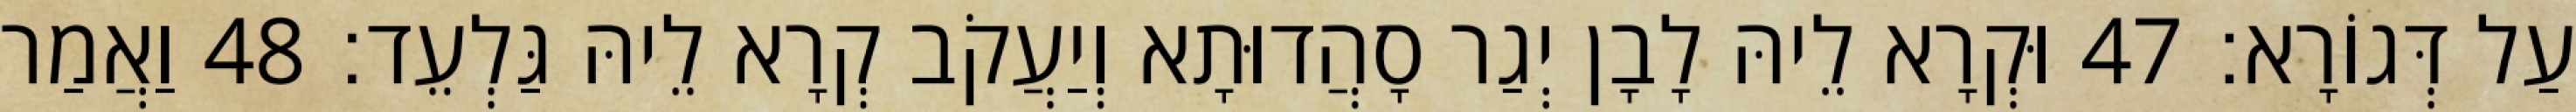
עַל דְּגוֹרָא׃ 47 וּקְרָא לֵיהּ לָבָן יְגַר סָהֲדוּתָא וְיַעֲקֹב קְרָא לֵיהּ גַּלְעֵד׃ 48 וַאֲמַר